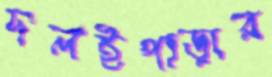
দলইপাড়ার